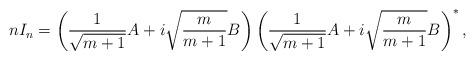
LaTeX: \begin{align*}nI_n &= \left(\frac{1}{\sqrt{m+1}} A + i \sqrt{\frac{m}{m+1}} B\right)\left(\frac{1}{\sqrt{m+1}} A + i \sqrt{\frac{m}{m+1}} B\right)^*,\end{align*}